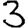
Digit: 3